Indian journal of veterinary science and animal husbandry - Volumes 24-25, 1954-1955
Year: 1954
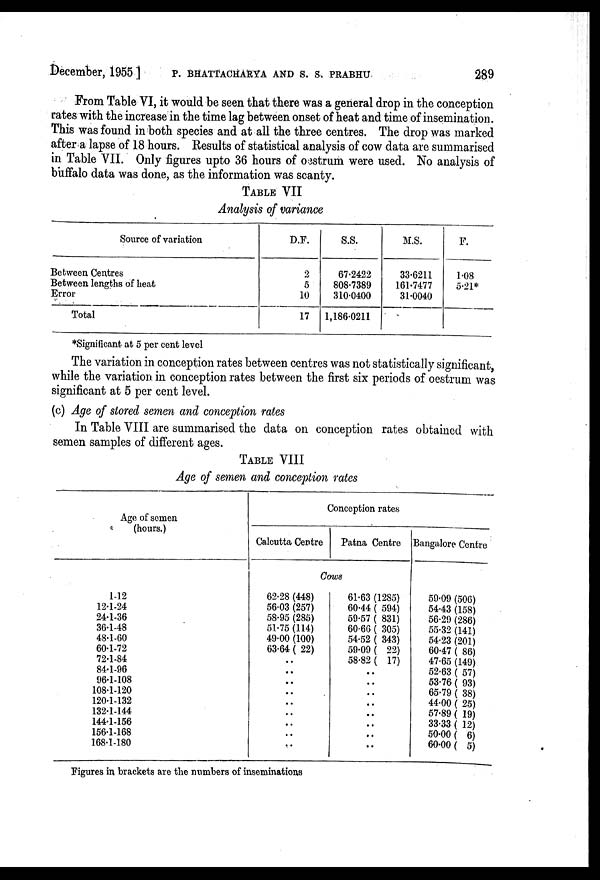
December, 1955 ] P. BHATTACHARYA AND S. S. PEABHU 289
From Table VI, it would be seen that there was a general drop in the conception
rates with the increase in the time lag between onset of heat and time of insemination.
This was found in both species and at all the three centres. The drop was marked
after a lapse of 18 hours. Results of statistical analysis of cow data are summarised
in Table VII. Only figures upto 36 hours of oestrum were used. No analysis of
buffalo data was done, as the information was scanty.
TABLE VII
Analysis of variance
Source of variation
Between Centres
Between lengths of heat
Error
Total
D.F.
2
5
10
17
S.S
67.2422
808.7389
310.0400
1,186.0211
M.S.
33.6211
161.7477
31.0040
P.
1.08
5.21*
*Significant at 5 per cent level
The variation in conception rates between centres was not statistically significant,
while the variation in conception rates between the first six periods of oestrum was
significant at 5 per cent level.
(c) Age of stored semen and conception rates
In Table VIII are summarised the data on conception rates obtained with
semen samples of different ages.
TABLE VIII
Age of semen and conception rates
Age of semen
(hours.)
1-12
12.1-24
24.1-36
36.1-48
48.1-60
60.1-72
72.1-84
84.1-96
96.1-108
108.1-120
120.1-132
132.1-144
144.1-156
156.1-168
168.1-180
Conception rates
Calcutta Centre
Patna Centre
Cows
62.28 (448)
56.03 (257)
58.95 (285)
51.75 (114)
49.00 (100)
63.64 ( 22)
..
..
..
..
..
..
..
..
..
61.63 (1285)
60.44 ( 594)
59.57 ( 831)
60.60 ( 305)
54.52 ( 343)
59.09 ( 22)
58.82 ( 17)
..
..
..
..
..
..
..
..
Bangalore Centre
59.09 (506)
54.43 (158)
56.29 (286)
55.32 (141)
54.23 (201)
60.47 ( 86)
47.65 (149)
52.63 ( 57)
53.76 ( 93)
65.79 ( 38)
44.00 ( 25)
57.89 ( 19)
33.33 ( 12)
50.00 ( 6)
60.00 (5)
Figures in brackets are the numbers of inseminations